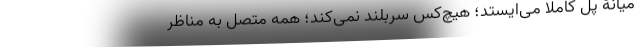
میانۀ پل کاملاً می‌ایستد؛ هیچ‌کس سربلند نمی‌کند؛ همه متصل به مناظر